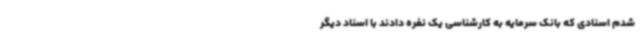
شدم اسنادی که بانک سرمایه به کارشناسی یک نفره دادند با اسناد دیگر